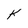
Character: k